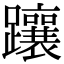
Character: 躟